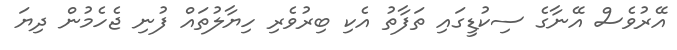
އޭރުވެސް އޭނާގެ ސިކުޑީގައި ތަފާތު އެކި ބިރުވެރި ހިޔާލުތައް ފުނި ޖެހެމުން ދިޔަ